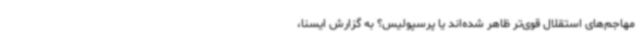
مهاجم‌های استقلال قوی‌تر ظاهر شده‌اند یا پرسپولیس؟ به گزارش ایسنا،‌